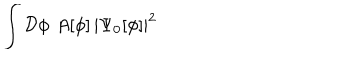
LaTeX: \int { \cal D } \phi \, \, A [ \phi ] \, | \Psi _ { 0 } [ \phi ] | ^ { 2 }